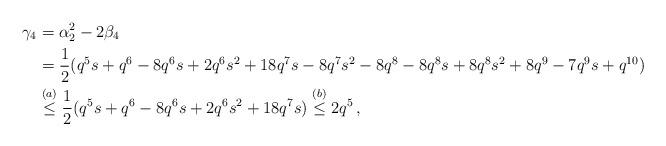
LaTeX: \begin{align*} \gamma_4 & = \alpha_2^2 - 2\beta_4 \\ & = \frac{1}{2}(q^5s+q^6-8q^6s+2q^6s^2+18q^7s-8q^7s^2-8q^8-8q^8s+8q^8s^2+8q^9-7q^9s+q^{10}) \\ & \overset{(a)}{\le} \frac{1}{2}(q^5s+q^6-8q^6s+2q^6s^2+18q^7s) \overset{(b)}{\le} 2q^5 \, , \end{align*}